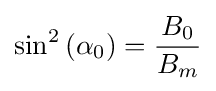
{\begin{aligned}\sin ^{2}\left(\alpha _{0}\right)={\frac {B_{0}}{B_{m}}}\end{aligned}}